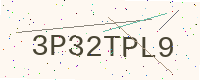
Text: 3P32TPL9